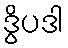
ဒွိပဒါ